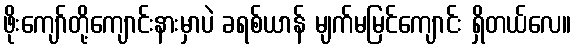
ဖိုးကျော်တို့ကျောင်းနားမှာပဲ ခရစ်ယာန် မျက်မမြင်ကျောင်း ရှိတယ်လေ။